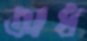
অধ